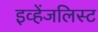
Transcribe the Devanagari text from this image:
इव्हेंजलिस्ट